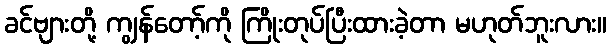
ခင်ဗျားတို့ ကျွန်တော့်ကို ကြိုးတုပ်ပြီးထားခဲ့တာ မဟုတ်ဘူးလား။